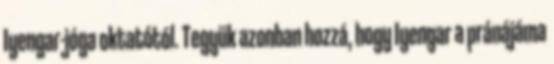
Iyengar-jóga oktatótól. Tegyük azonban hozzá, hogy Iyengar a pránájáma